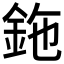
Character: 鉇